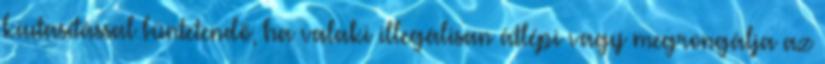
kiutasítással büntetendő, ha valaki illegálisan átlépi vagy megrongálja az